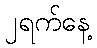
၂ရက်နေ့